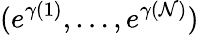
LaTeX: (e^{\gamma(1)},\dots,e^{\gamma(\mathcal{N})})